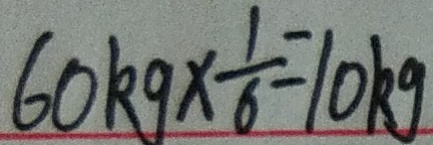
6 0 k g \times \frac { 1 } { 6 } = 1 0 k g